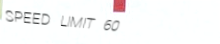
SPEED LIMIT 60